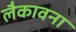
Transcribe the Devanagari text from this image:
लैकावना